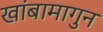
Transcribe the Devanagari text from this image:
खांबामागुन